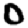
Digit: 0